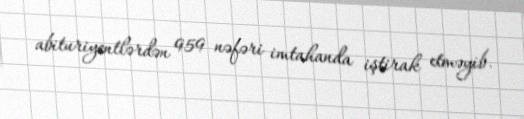
abituriyentlərdən 959 nəfəri imtahanda iştirak etməyib.